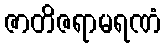
ဇာတိဇရာမရဏံ